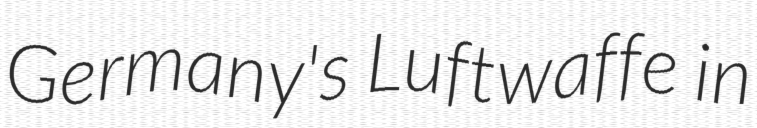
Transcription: Germany's Luftwaffe in